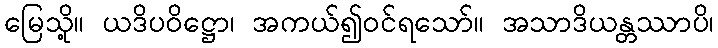
မြေသို့။ ယဒိပဝိဋ္ဌော၊ အကယ်၍ဝင်ရသော်။ အသာဒိယန္တဿာပိ၊